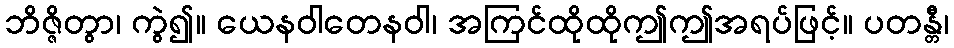
ဘိဇ္ဇိတွာ၊ ကွဲ၍။ ယေနဝါတေနဝါ၊ အကြင်ထိုထိုဤဤအရပ်ဖြင့်။ ပတန္တီ၊